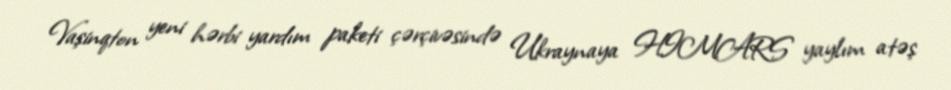
Vaşinqton yeni hərbi yardım paketi çərçivəsində Ukraynaya HIMARS yaylım atəş